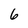
Character: 6